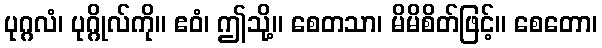
ပုဂ္ဂလံ၊ ပုဂ္ဂိုလ်ကို။ ဧဝံ၊ ဤသို့။ စေတသာ၊ မိမိစိတ်ဖြင့်။ စေတော၊